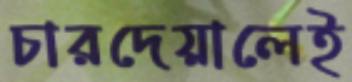
চারদেয়ালেই